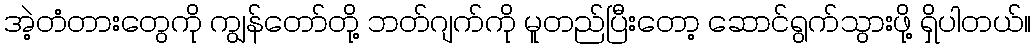
အဲ့တံတားတွေကို ကျွန်တော်တို့ ဘတ်ဂျက်ကို မူတည်ပြီးတော့ ဆောင်ရွက်သွားဖို့ ရှိပါတယ်။